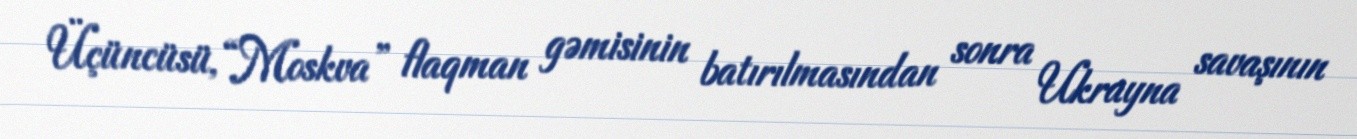
Üçüncüsü, “Moskva” flaqman gəmisinin batırılmasından sonra Ukrayna savaşının